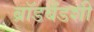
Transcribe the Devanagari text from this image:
ब्रॉडबँडशी